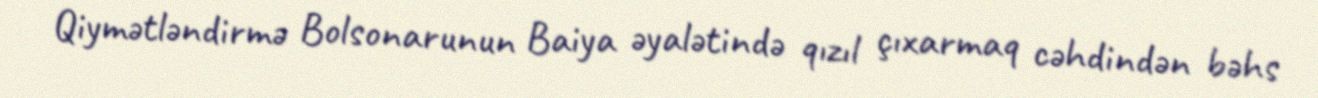
Qiymətləndirmə Bolsonarunun Baiya əyalətində qızıl çıxarmaq cəhdindən bəhs